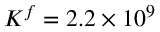
K ^ { f } = 2 . 2 \times 1 0 ^ { 9 }